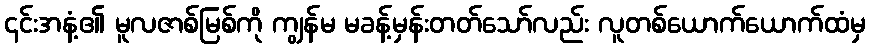
၎င်းအနံ့၏ မူလဇာစ်မြစ်ကို ကျွန်မ မခန့်မှန်းတတ်သော်လည်း လူတစ်ယောက်ယောက်ထံမှ